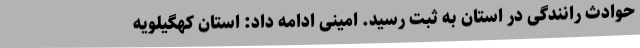
حوادث رانندگی در استان به ثبت رسید. امینی ادامه داد: استان کهگیلویه